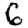
Digit: 6